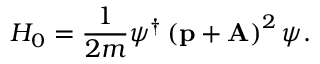
{ \cal H } _ { 0 } = { \frac { 1 } { 2 m } } \psi ^ { \dag } \left( \mathrm { \bf p } + \mathrm { \bf A } \right) ^ { 2 } \psi .